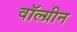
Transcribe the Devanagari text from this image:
वॉल्ग्रीन